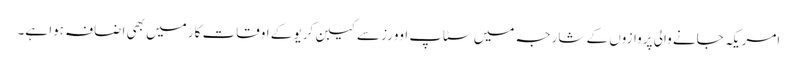
امریکہ جانے والی پروازوں کے شارجہ میں سٹاپ اوورز سے کیبن کریو کے اوقات کار میں بھی اضافہ ہوا ہے۔